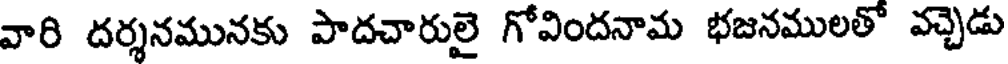
వారి దర్శనమునకు పాదచారులై గోవిందనామ భజనములతో వచ్చెడు